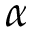
\alpha